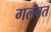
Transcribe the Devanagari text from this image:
गलबत